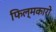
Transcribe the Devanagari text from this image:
फिल्मकारो